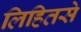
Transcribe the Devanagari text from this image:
लिहितसे